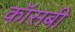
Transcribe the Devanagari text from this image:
कॉसबी